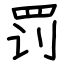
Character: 罚